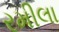
રમીલા